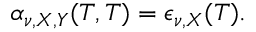
\alpha _ { \nu , X , Y } ( T , T ) = \epsilon _ { \nu , X } ( T ) .